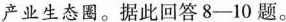
产业生态圈。据此回答8-10题。